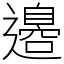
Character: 邉